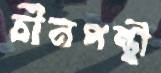
চীনপন্থী